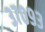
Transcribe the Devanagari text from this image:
३७०९३